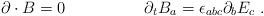
LaTeX: \begin{align*}\partial \cdot B = 0 \hspace{2cm} \partial_tB_a = {\epsilon}_{abc}\partial_bE_c \ .\end{align*}